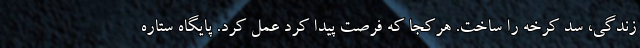
زندگی، سد کرخه را ساخت. هرکجا که فرصت پیدا کرد عمل کرد. پایگاه ستاره